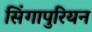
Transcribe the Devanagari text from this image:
सिंगापुरियन